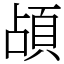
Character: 頕